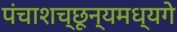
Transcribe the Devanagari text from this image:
पंचाशच्छून्यमध्यगे